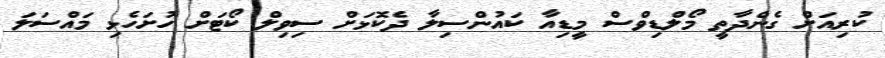
ކުރިއަށް ގެންދާތީ މޯލްޑިވްސް މީޑިއާ ކައުންސިލާ ދެކޮޅަށް ސިވިލް ކޯޓަށް ހުށަހެޅި މައްސަލަ